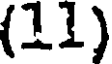
(11)